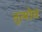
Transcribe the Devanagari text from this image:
तुत्शेव